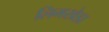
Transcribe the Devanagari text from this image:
लिमखेडा